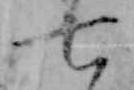
七